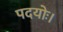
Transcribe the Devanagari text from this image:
पदयोः।